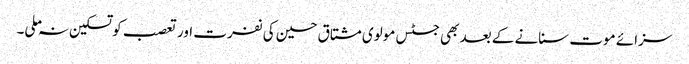
سزائے موت سنانے کے بعد بھی جسٹس مولوی مشتاق حسین کی نفرت اور تعصب کو تسکین نہ ملی۔